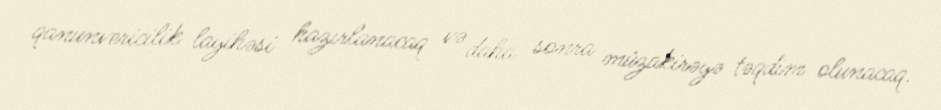
qanunvericilik layihəsi hazırlanacaq və daha sonra müzakirəyə təqdim olunacaq.